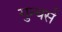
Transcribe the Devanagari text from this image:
गुन्थर्स